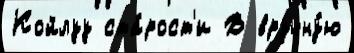
Койлуу ста́рост'и В вручну́ю